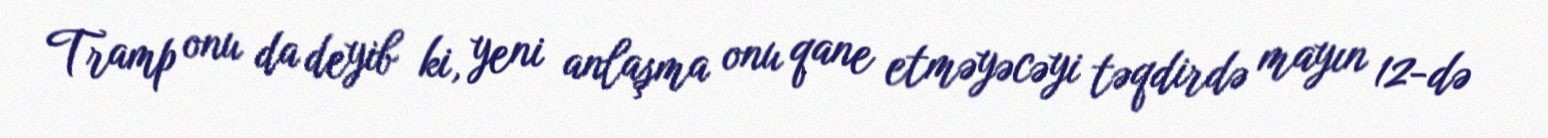
Tramp onu da deyib ki, yeni anlaşma onu qane etməyəcəyi təqdirdə mayın 12-də